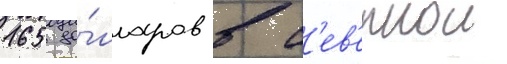
165 до́лларов в с'ев'ернои